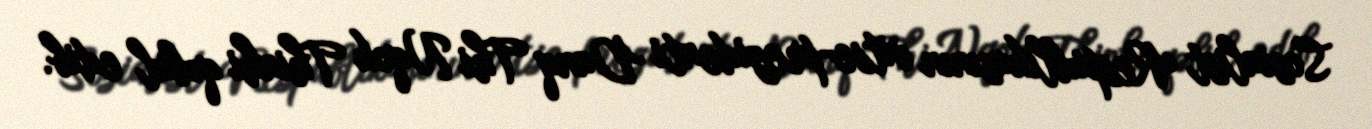
Sosialist Respublikasının vitse-prezidenti Danq Thi Nqok Thinhi qəbul edib.